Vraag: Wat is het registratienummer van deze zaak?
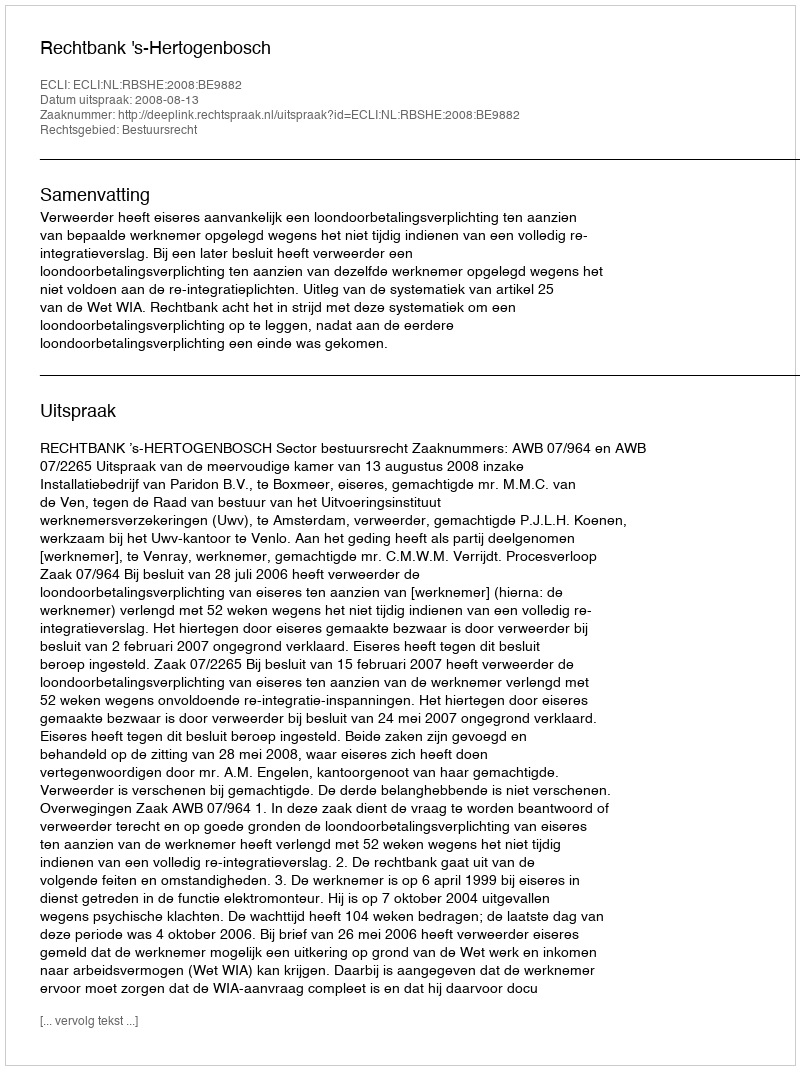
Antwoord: http://deeplink.rechtspraak.nl/uitspraak?id=ECLI:NL:RBSHE:2008:BE9882